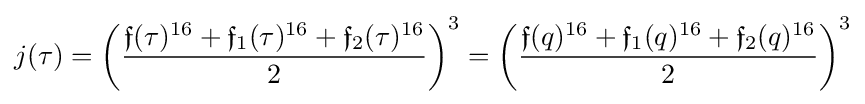
j(\tau )=\left({\frac {{\mathfrak {f}}(\tau )^{16}+{\mathfrak {f}}_{1}(\tau )^{16}+{\mathfrak {f}}_{2}(\tau )^{16}}{2}}\right)^{3}=\left({\frac {{\mathfrak {f}}(q)^{16}+{\mathfrak {f}}_{1}(q)^{16}+{\mathfrak {f}}_{2}(q)^{16}}{2}}\right)^{3}